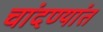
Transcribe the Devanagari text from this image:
चांदण्यांत